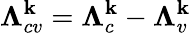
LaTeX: \mathbf{\Lambda}_{cv}^{\textbf{k}}=\mathbf{\Lambda}_{c}^{\mathbf{k}}-\mathbf{\Lambda}_{v}^{\mathbf{k}}